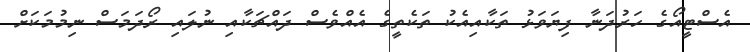
އެސްޓީއޯގެ ހަރުދަނާ ފިޔަވަޅު ތަކާއިއެކު ތަކެތީގެ އެއްވެސް ދައްޗަކާއި ނުލައި ރޯދަމަސް ނިމުމަކަށް